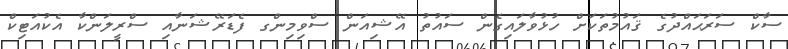
ސާކް ސަރަޙައްދުގެ ޤައުމުތަކަށް ހުޅުވާލައިގެން ސައުތު އޭޝިއަން ސްވިމިންގ ފެޑަރޭޝަނާއި ސްރީލަންކާ އެކުއަޓިކް